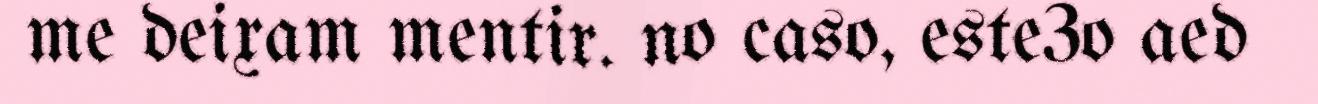
me deixam mentir. no caso, este3o aed